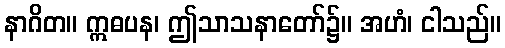
နာဂိတ။ ဣဓပန၊ ဤသာသနာတော်၌။ အဟံ၊ ငါသည်။